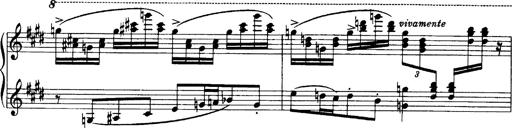
Title: OuvertÃ¼re zu TannhÃ¤user
Composer: Franz Liszt